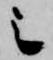
之